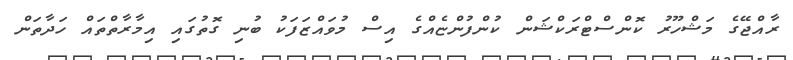
ރާއްޖޭގެ މަޝްހޫރު ކޮންސްޓްރަކްޝަން ކުންފުންޏެއްގެ އިސް މުވައްޒަފަކު ބުނި ގޮތުގައި އިމާރާތްތައް ހަދާތަން